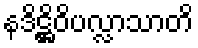
နဒိဋ္ဌိဝိပလ္လာသာတိ